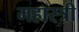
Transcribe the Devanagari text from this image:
महास्त्री